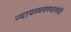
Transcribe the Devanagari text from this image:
न्यायव्यवस्थामंत्री